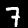
Digit: 7